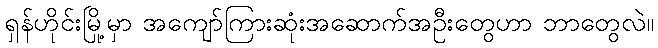
ရှန်ဟိုင်းမြို့မှာ အကျော်ကြားဆုံးအဆောက်အဦးတွေဟာ ဘာတွေလဲ။